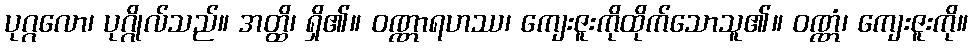
ပုဂ္ဂလော၊ ပုဂ္ဂိုလ်သည်။ အတ္ထိ၊ ရှိ၏။ ဝဏ္ဏာရဟဿ၊ ကျေးဇူးကိုထိုက်သောသူ၏။ ဝဏ္ဏံ၊ ကျေးဇူးကို။